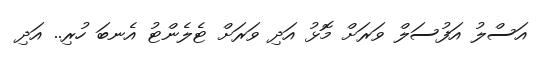
އަސްލު އަފުސަލް ވަރަށް މޮޅު އަދި ވަރަށް ޓެލެންޓު އެނބަ ހުރި.. އަދި